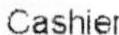
CASHIER